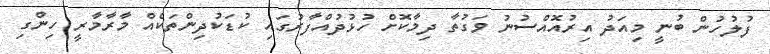
ފުލުހުން ބުނީ މިއަދު އިރުއޮއްސުނު ވަގުތާ ދިމާކޮށް ހުޅުދުއްފާރުގައި ކުޑަކުދިންތަކެއް މާރާމާރީ ހިންގި